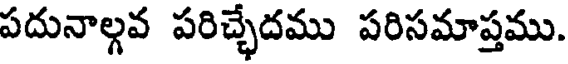
పదునాల్గవ పరిచ్చేదము పరిసమాప్తము.